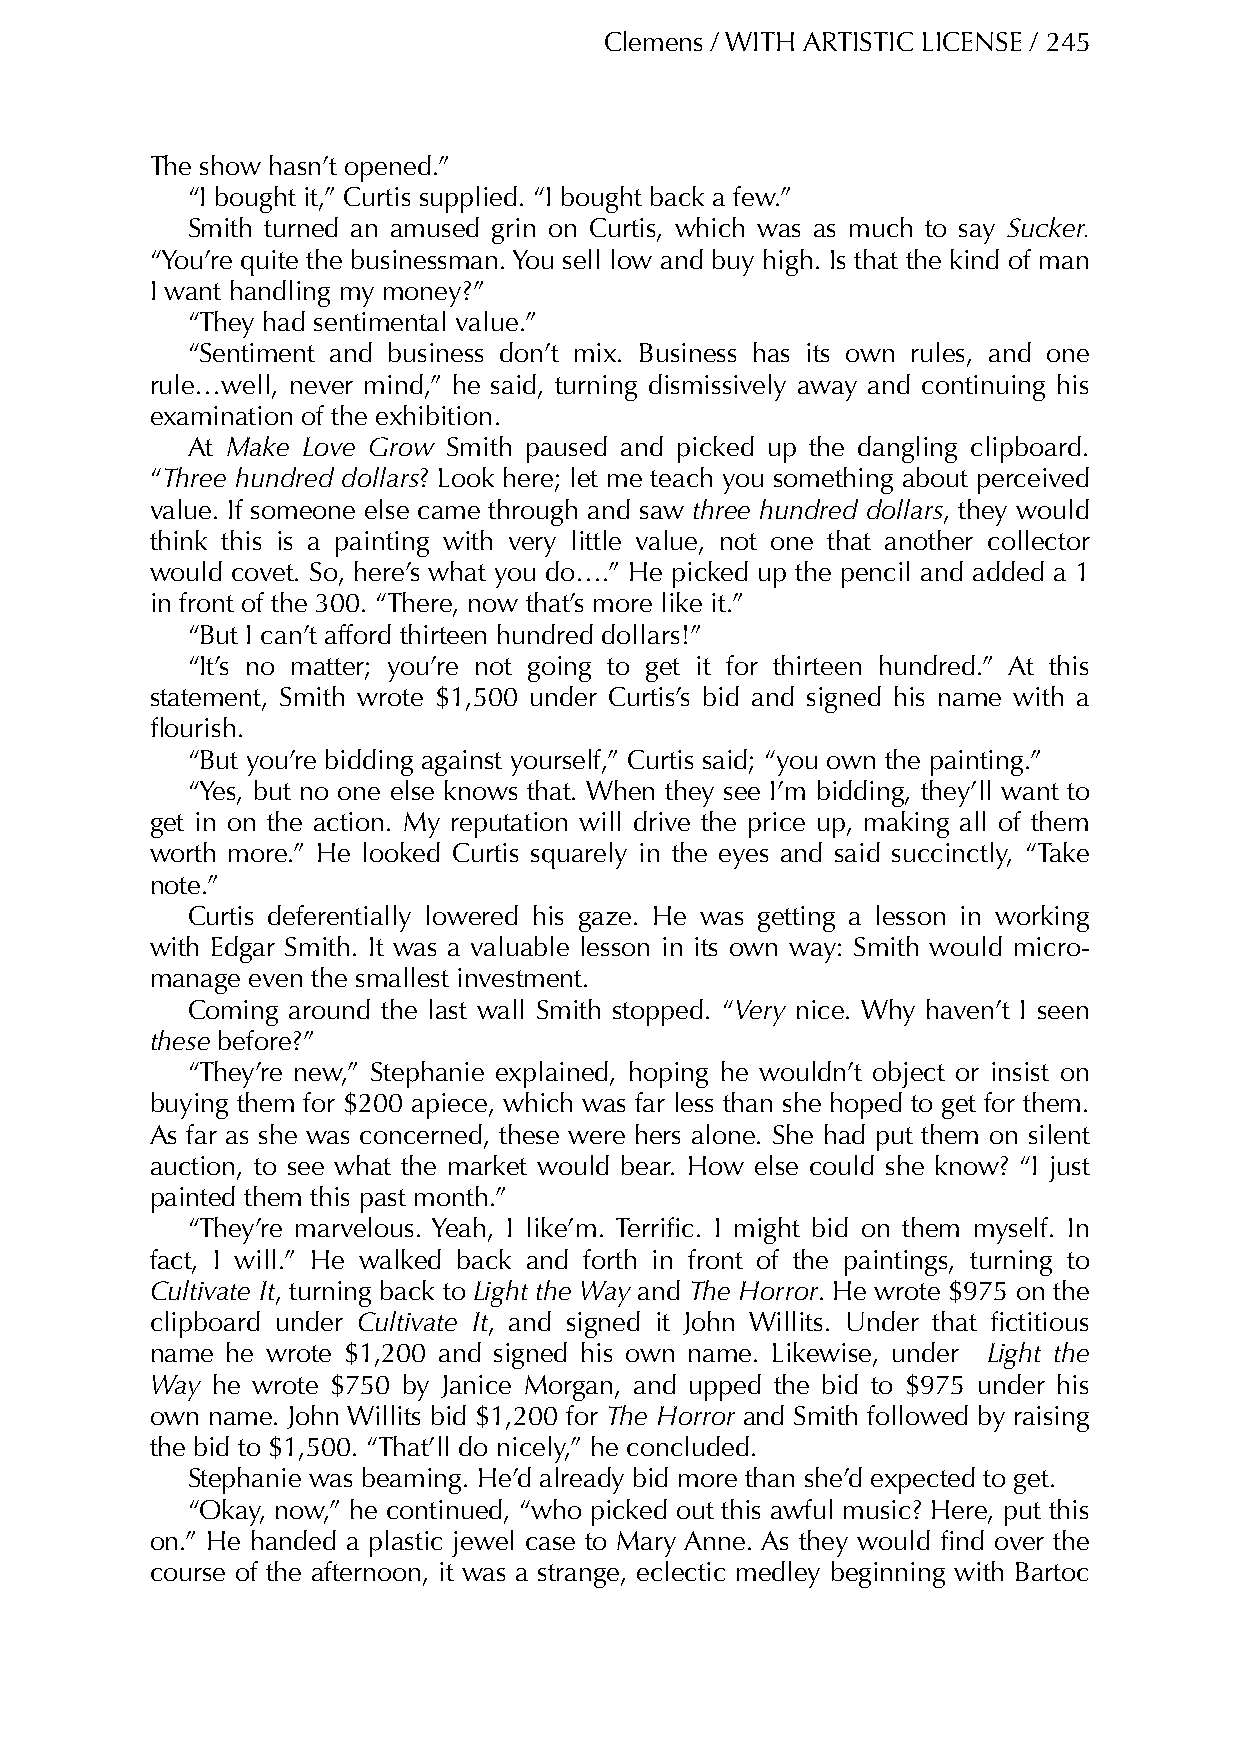
Clemens / WITH ARTISTIC LICENSE / 245
 The show hasn’t opened.”
 “I bought it,” Curtis supplied. “I bought back a few.”
 Smith turned an amused grin on Curtis, which was as much to say Sucker.
 “You’re quite the businessman. You sell low and buy high. Is that the kind of man
 I want handling my money?”
 “They had sentimental value.”
 “Sentiment and business don’t mix. Business has its own rules, and one
 rule…well, never mind,” he said, turning dismissively away and continuing his
 examination of the exhibition.
 At Make Love Grow Smith paused and picked up the dangling clipboard.
 “Three hundred dollars? Look here; let me teach you something about perceived
 value. If someone else came through and saw three hundred dollars, they would
 think this is a painting with very little value, not one that another collector
 would covet. So, here’s what you do….” He picked up the pencil and added a 1
 in front of the 300. “There, now that’s more like it.”
 “But I can’t afford thirteen hundred dollars!”
 “It’s no matter; you’re not going to get it for thirteen hundred.” At this
 statement, Smith wrote $1,500 under Curtis’s bid and signed his name with a
 flourish.
 “But you’re bidding against yourself,” Curtis said; “you own the painting.”
 “Yes, but no one else knows that. When they see I’m bidding, they’ll want to
 get in on the action. My reputation will drive the price up, making all of them
 worth more.” He looked Curtis squarely in the eyes and said succinctly, “Take
 note.”
 Curtis deferentially lowered his gaze. He was getting a lesson in working
 with Edgar Smith. It was a valuable lesson in its own way: Smith would micro-
 manage even the smallest investment.
 Coming around the last wall Smith stopped. “Very nice. Why haven’t I seen
 these before?”
 “They’re new,” Stephanie explained, hoping he wouldn’t object or insist on
 buying them for $200 apiece, which was far less than she hoped to get for them.
 As far as she was concerned, these were hers alone. She had put them on silent
 auction, to see what the market would bear. How else could she know? “I just
 painted them this past month.”
 “They’re marvelous. Yeah, I like’m. Terrific. I might bid on them myself. In
 fact, I will.” He walked back and forth in front of the paintings, turning to
 Cultivate It, turning back to Light the Way and The Horror. He wrote $975 on the
 clipboard under Cultivate It, and signed it John Willits. Under that fictitious
 name he wrote $1,200 and signed his own name. Likewise, under Light the
 Way he wrote $750 by Janice Morgan, and upped the bid to $975 under his
 own name. John Willits bid $1,200 for The Horror and Smith followed by raising
 the bid to $1,500. “That’ll do nicely,” he concluded.
 Stephanie was beaming. He’d already bid more than she’d expected to get.
 “Okay, now,” he continued, “who picked out this awful music? Here, put this
 on.” He handed a plastic jewel case to Mary Anne. As they would find over the
 course of the afternoon, it was a strange, eclectic medley beginning with Bartoc